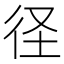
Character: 𮱻